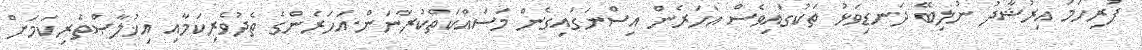
ފުރިހަމަ އިރުޝާދު ނުލިބޭ ދަނޑިވަޅު ތަކުގައިވެސް އަހަރެން އިސްނަގައިގެން މަސައްކަތްކުރާނަން.އަހަރެންގެ ތެދުވެރިކަމާއި އިޚުލާޞްތެރިކަމަށް